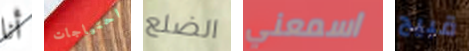
أنا احتياجات الضلع اسمعني قبيح